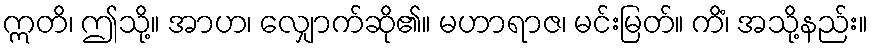
ဣတိ၊ ဤသို့။ အာဟ၊ လျှောက်ဆို၏။ မဟာရာဇ၊ မင်းမြတ်။ ကိံ၊ အသို့နည်း။